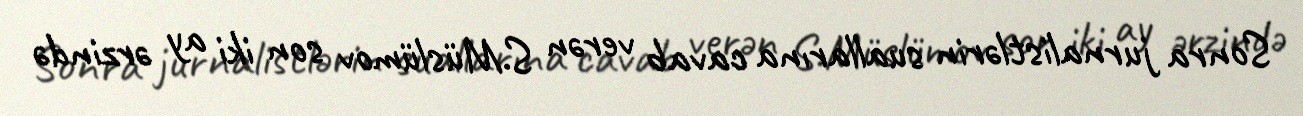
Sonra jurnalistlərin suallarına cavab verən S.Müslümov son iki ay ərzində